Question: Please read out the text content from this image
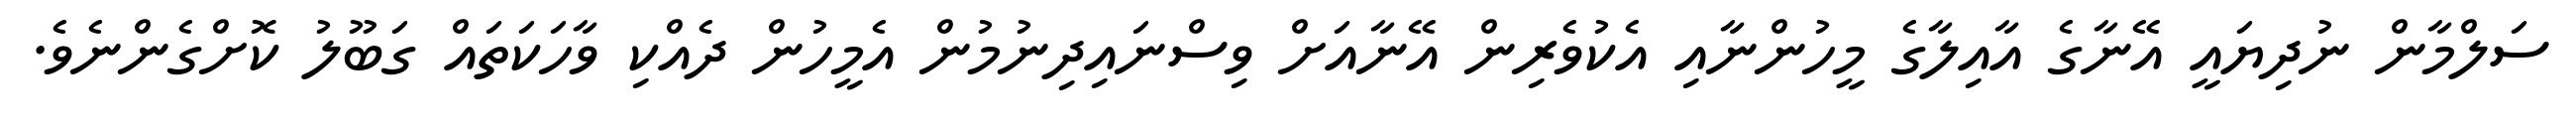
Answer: ސަލްމާން ނުދިޔައީ އޭނާގެ އާއިލާގެ މީހުންނާއި އެކުވެރިން އޭނާއަށް ވިސްނައިދިނުމުން އެމީހުން ދެއްކި ވާހަކަތައް ގަބޫލު ކޮށްގެންނެވެ.